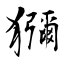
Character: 獼